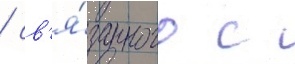
/ св'я́занного с